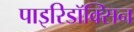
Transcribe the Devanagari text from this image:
पाइरिडॉक्सिन